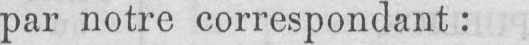
par notre correspondant: